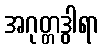
အဂုတ္တဒွါရာ